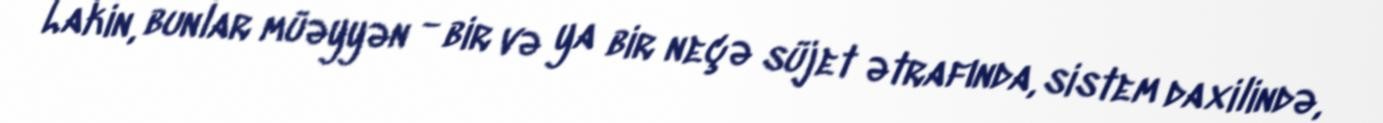
Lakin, bunlar müəyyən - bir və ya bir neçə süjet ətrafında, sistem daxilində,